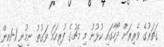
ގަތަރުގެ ވެރިރަށް ދޯހާގައި ކުޅުނު މި މެޗުގެ ފުރިހަމަ ވަގުތު ނިމުނީ 1-1އިން